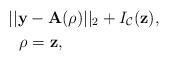
LaTeX: \begin{align*} & ||\mathbf{y}- \mathbf{A} (\rho)||_2 + I_{\mathcal{C}}(\mathbf{z}), \\ & \ \ \rho = \mathbf{z}, \end{align*}